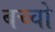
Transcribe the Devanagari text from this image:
बच्‍चो